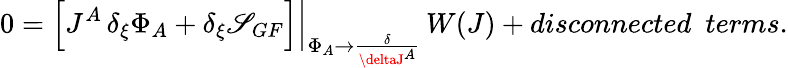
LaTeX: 0=\left.\left[J^{A}\, \delta_{\xi}\Phi_{A}+\delta_{\xi}\mathscr{S}_{GF}\right]\right|_{\Phi_{A}\rightarrow\frac{{\delta}}{{\deltaJ^{A}}}}\, W(J)+disconnected~~terms.